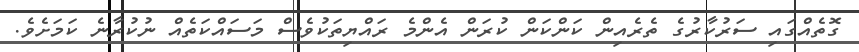
ގޮތެއްގައި ސަރުކާރުގެ ތެރެއިން ކަންކަން ކުރަން އެންމެ ރައްޔިތަކުވެސް މަސައްކަތެއް ނުކުރާނެ ކަމަށެވެ.